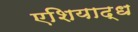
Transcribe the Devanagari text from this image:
एशियाद्ध